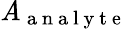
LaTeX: \mathit{A}_{\mathrm{{~a~n~a~l~y~t~e~}}}